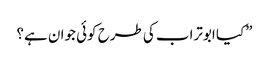
”کیا ابوتراب کی طرح کوئی جوان ہے؟